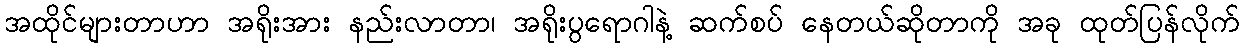
အထိုင်များတာဟာ အရိုးအား နည်းလာတာ၊ အရိုးပွရောဂါနဲ့ ဆက်စပ် နေတယ်ဆိုတာကို အခု ထုတ်ပြန်လိုက်